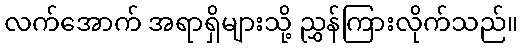
လက်အောက် အရာရှိများသို့ ညွှန်ကြားလိုက်သည်။